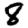
Digit: 8